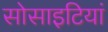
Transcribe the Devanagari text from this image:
सोसाइटियां